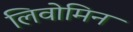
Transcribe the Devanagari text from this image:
लिवोमिन